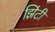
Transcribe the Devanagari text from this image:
झिंटी